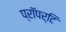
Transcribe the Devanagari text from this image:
प्रॉपर्टि